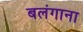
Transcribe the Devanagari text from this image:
बलंगाना